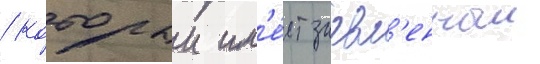
/ которыи им'е́ет заавл'енныи